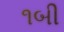
૧બી